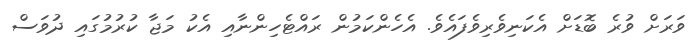
ވަރަށް ވުރެ ބޮޑަށް އެކަނިވެރިވެފައެވެ. އެހެންކަމުން ރައްޓެހިންނާއި އެކު މަޖާ ކުރުމުގައި ދުވަސް